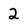
Character: 2